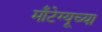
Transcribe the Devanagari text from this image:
माँटेग्यूच्या